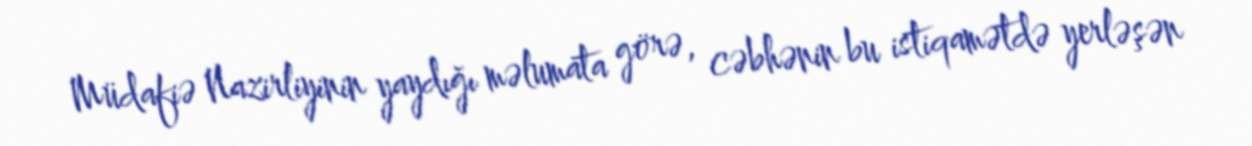
Müdafiə Nazirliyinin yaydığı məlumata görə, cəbhənin bu istiqamətdə yerləşən